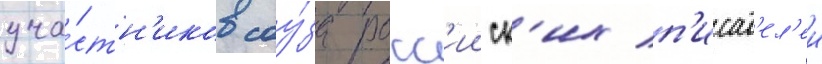
уча́стн'иков соу́за росс'ииск'их п'исат'ел'еи